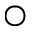
\bigcirc